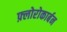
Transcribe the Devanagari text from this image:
फ़्लोरोकार्बन